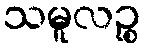
သမူလဉ္စ